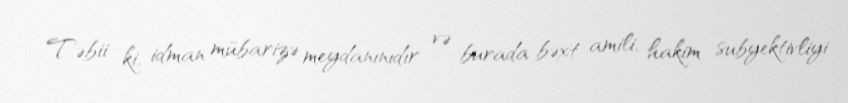
Təbii ki, idman mübarizə meydanınıdır və burada bəxt amili, hakim subyektivliyi